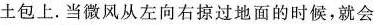
土包上。当微风从左向右掠过地面的时候，就会